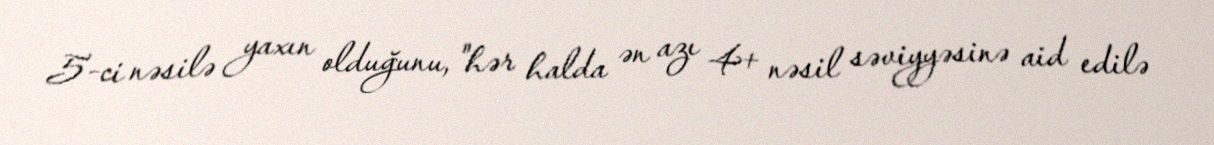
5-ci nəsilə yaxın olduğunu, "hər halda ən azı 4+ nəsil səviyyəsinə aid edilə